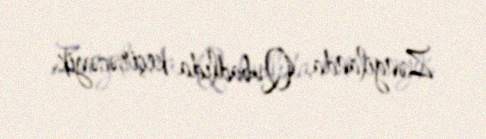
Zəngilanda, Qubadlıda keçirəcəyik.